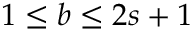
1 \leq b \leq 2 s + 1